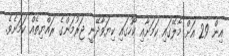
އިން 29 އަށް މާލޭގައި ކަމަށާއި ކޯހުގައި ކިޔަވާދޭނީ ޖަރުމަންގެ ރައްޔިތެއް ކަމަށެވެ.